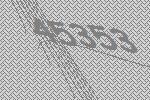
45353